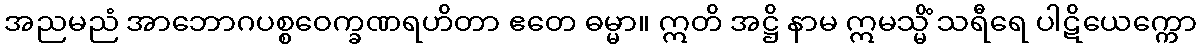
အညမညံ အာဘောဂပစ္စဝေက္ခဏရဟိတာ ဧတေ ဓမ္မာ။ ဣတိ အဋ္ဌိ နာမ ဣမသ္မိံ သရီရေ ပါဋိယေက္ကော